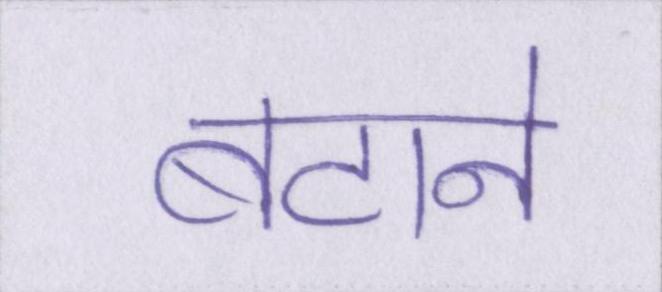
बटाने